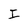
Character: I